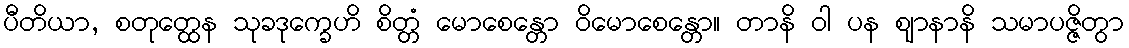
ပီတိယာ, စတုတ္ထေန သုခဒုက္ခေဟိ စိတ္တံ မောစေန္တော ဝိမောစေန္တော။ တာနိ ဝါ ပန ဈာနာနိ သမာပဇ္ဇိတွာ